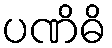
ပဏိဓိ